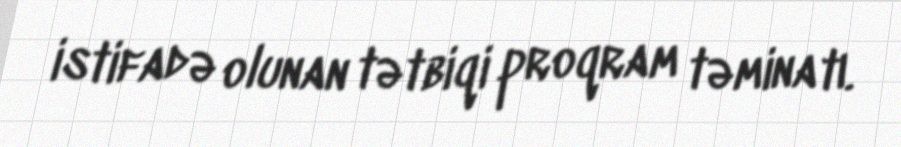
istifadə olunan tətbiqi proqram təminatı.